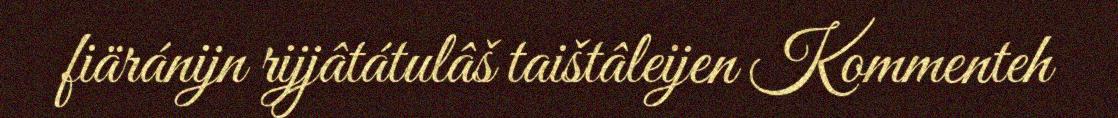
fiäránijn rijjâtátulâš taištâleijen Kommenteh